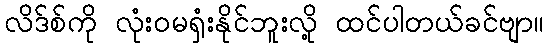
လိဒ်စ်ကို လုံးဝမရှံးနိုင်ဘူးလို့ ထင်ပါတယ်ခင်ဗျာ။